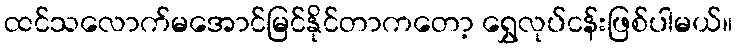
ထင်သလောက်မအောင်မြင်နိုင်တာကတော့ ရွှေလုပ်ငန်းဖြစ်ပါမယ်။